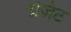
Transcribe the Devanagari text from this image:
प्रेज़ंट